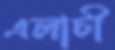
এলাচী